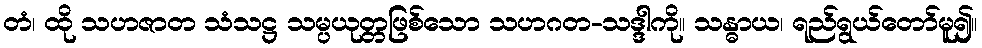
တံ၊ ထို သဟဇာတ သံသဋ္ဌ သမ္ပယုတ္တဖြစ်သော သဟဂတ-သဒ္ဒါကို။ သန္ဓာယ၊ ရည်ရွယ်တော်မူ၍။